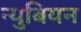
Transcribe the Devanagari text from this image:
न्युबियन